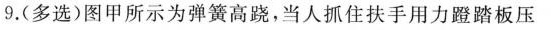
9.(多选)图甲所示为弹簧高跷，当人抓住扶手用力蹬踏板压